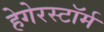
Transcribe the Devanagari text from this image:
हेगेरस्टॉर्म